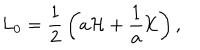
L _ { 0 } = { \frac { 1 } { 2 } } \left( a { \cal H } + { \frac { 1 } { a } } { \cal K } \right) ,